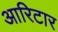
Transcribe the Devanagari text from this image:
आरिटार